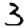
Digit: 3